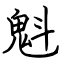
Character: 魁